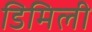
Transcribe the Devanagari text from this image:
डिमिली